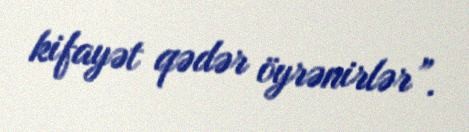
kifayət qədər öyrənirlər”.